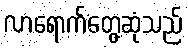
လာရောက်တွေ့ဆုံသည်